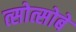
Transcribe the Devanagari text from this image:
त्सोत्सोबे